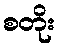
စတိုး